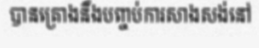
បានគ្រោងនឹងបញ្ចប់ការសាងសង់នៅ